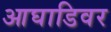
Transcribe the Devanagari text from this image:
आघाडिवर